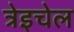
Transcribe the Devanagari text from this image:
त्रेइचेल